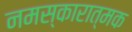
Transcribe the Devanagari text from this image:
नमस्कारात्मक